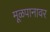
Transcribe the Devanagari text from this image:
मूळपानावर